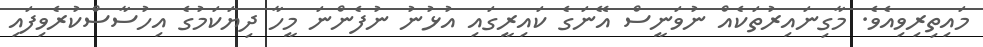
މައިތިރިވިއެވެ. މާގިނައިރުތަކެއް ނުވަނީސް އޭނަގެ ކައިރީގައި އުޅުނު ނުފެންނަ މީހާ ދިޔަކަމުގެ އިހުސާސްކުރެވިފައި